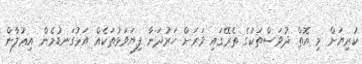
ކުރިޔަށް މި އޮތް ދުވަސްތަކުގެ ތެރޭގައި ވަރަށް ހަރުދަނާ ފިޔަވަޅުތަކެއް އަޅުގަނޑުމެން އިޢުލާން